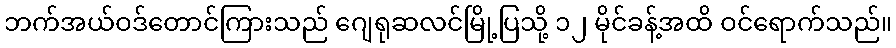
ဘက်အယ်ဝဒ်တောင်ကြားသည် ဂျေရုဆလင်မြို့ပြသို့ ၁၂ မိုင်ခန့်အထိ ဝင်ရောက်သည်။